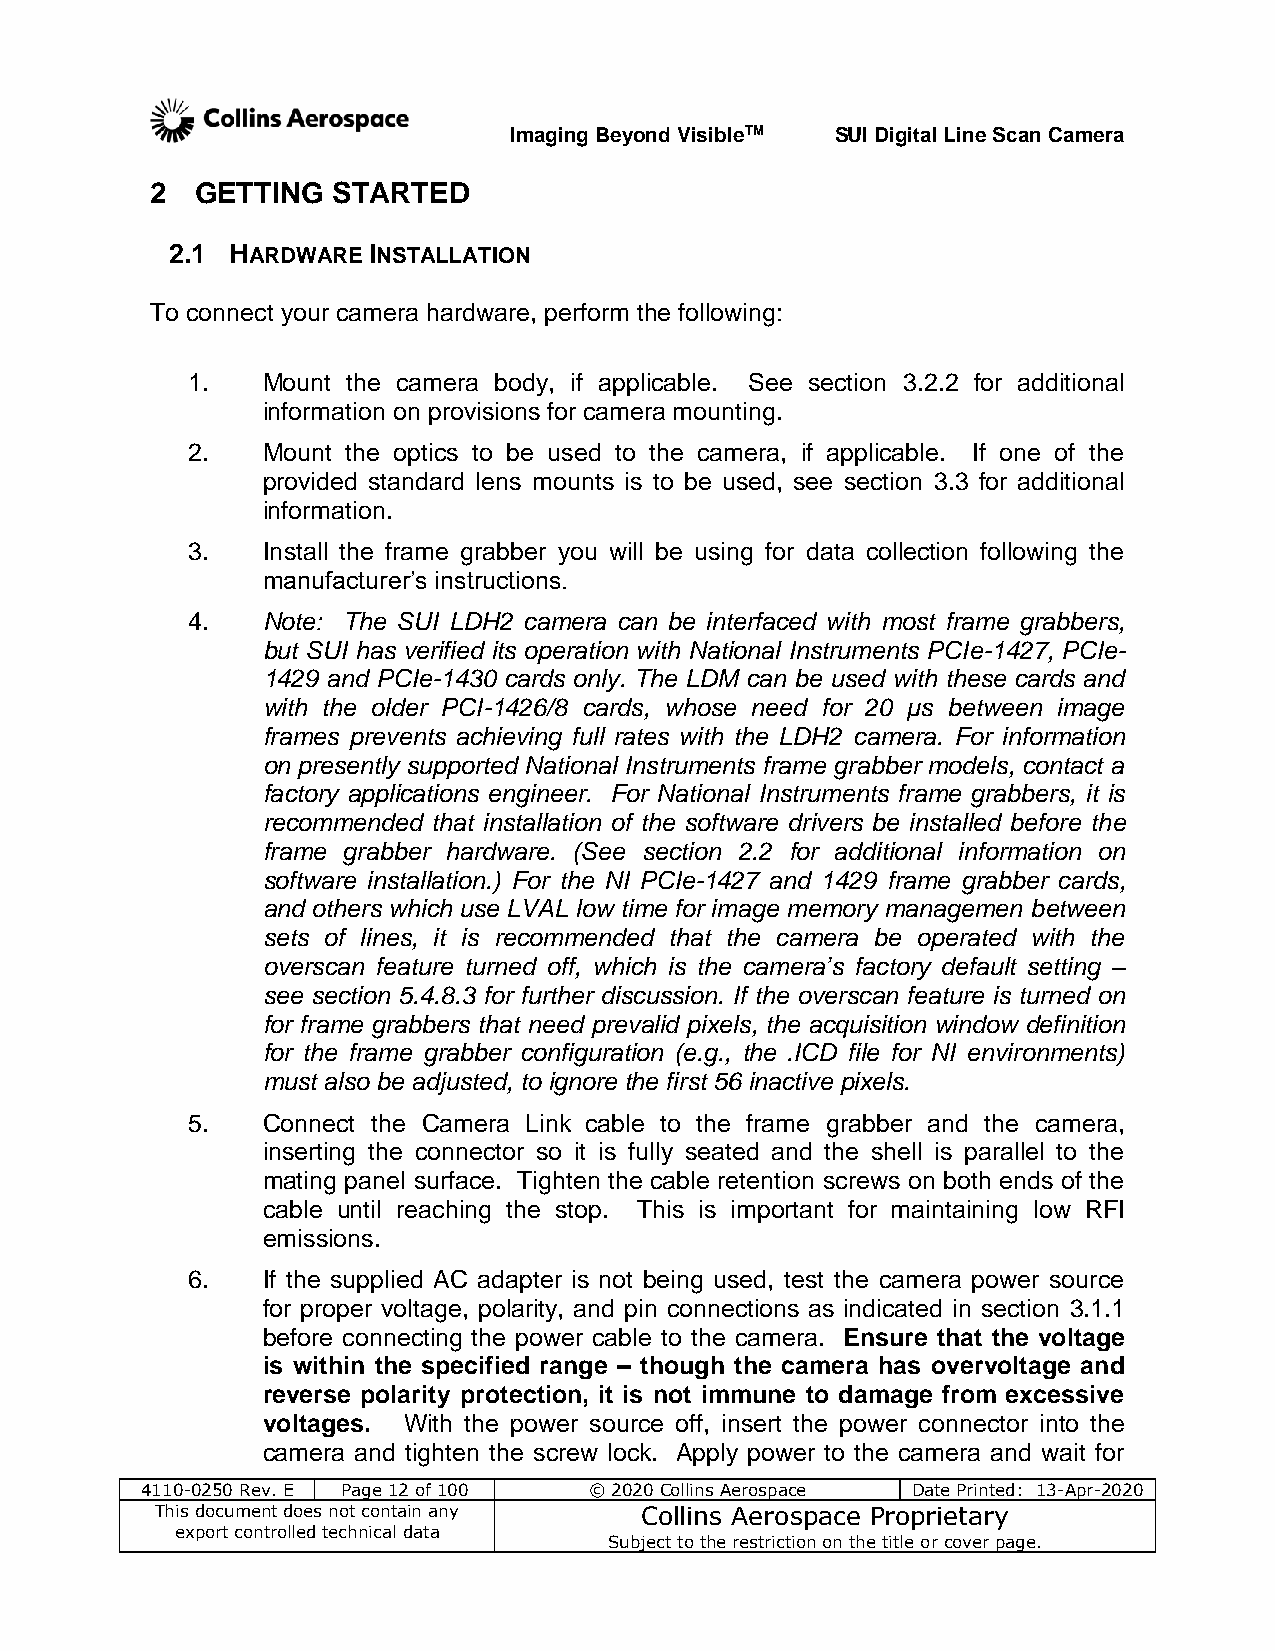
Imaging Beyond VisibleTM SUI Digital Line Scan Camera
 2  GETTING  STARTED
 2.1 HARDWARE INSTALLATION
 To connect your camera hardware, perform the following:
 1.   Mount the camera body, if applicable. See section 3.2.2 for additional
 information on provisions for camera mounting.
 2.   Mount the optics to be used to the camera, if applicable. If one of the
 provided standard lens mounts is to be used, see section 3.3 for additional
 information.
 3.   Install the frame grabber you will be using for data collection following the
 manufacturer’s instructions.
 4.   Note: The SUI LDH2 camera can be interfaced with most frame grabbers,
 but SUI has verified its operation with National Instruments PCIe-1427, PCIe-
 1429 and PCIe-1430 cards only. The LDM can be used with these cards and
 with the older PCI-1426/8 cards, whose need for 20 µs between image
 frames prevents achieving full rates with the LDH2 camera. For information
 on presently supported National Instruments frame grabber models, contact a
 factory applications engineer. For National Instruments frame grabbers, it is
 recommended that installation of the software drivers be installed before the
 frame grabber hardware. (See section 2.2 for additional information on
 software installation.) For the NI PCIe-1427 and 1429 frame grabber cards,
 and others which use LVAL low time for image memory managemen between
 sets of lines, it is recommended that the camera be operated with the
 overscan feature turned off, which is the camera’s factory default setting –
 see section 5.4.8.3 for further discussion. If the overscan feature is turned on
 for frame grabbers that need prevalid pixels, the acquisition window definition
 for the frame grabber configuration (e.g., the .ICD file for NI environments)
 must also be adjusted, to ignore the first 56 inactive pixels.
 5.   Connect the Camera Link cable to the frame grabber and the camera,
 inserting the connector so it is fully seated and the shell is parallel to the
 mating panel surface. Tighten the cable retention screws on both ends of the
 cable until reaching the stop. This is important for maintaining low RFI
 emissions.
 6.   If the supplied AC adapter is not being used, test the camera power source
 for proper voltage, polarity, and pin connections as indicated in section 3.1.1
 before connecting the power cable to the camera. Ensure that the voltage
 is within the specified range – though the camera has overvoltage and
 reverse polarity protection, it is not immune to damage from excessive
 voltages. With the power source off, insert the power connector into the
 camera and tighten the screw lock. Apply power to the camera and wait for
 4110-0250 Rev. E Page 12 of 100 © 2020 Collins Aerospace Date Printed: 13-Apr-2020
 This document does not contain any Collins Aerospace Proprietary
 export controlled technical data
 Subject to the restriction on the title or cover page.